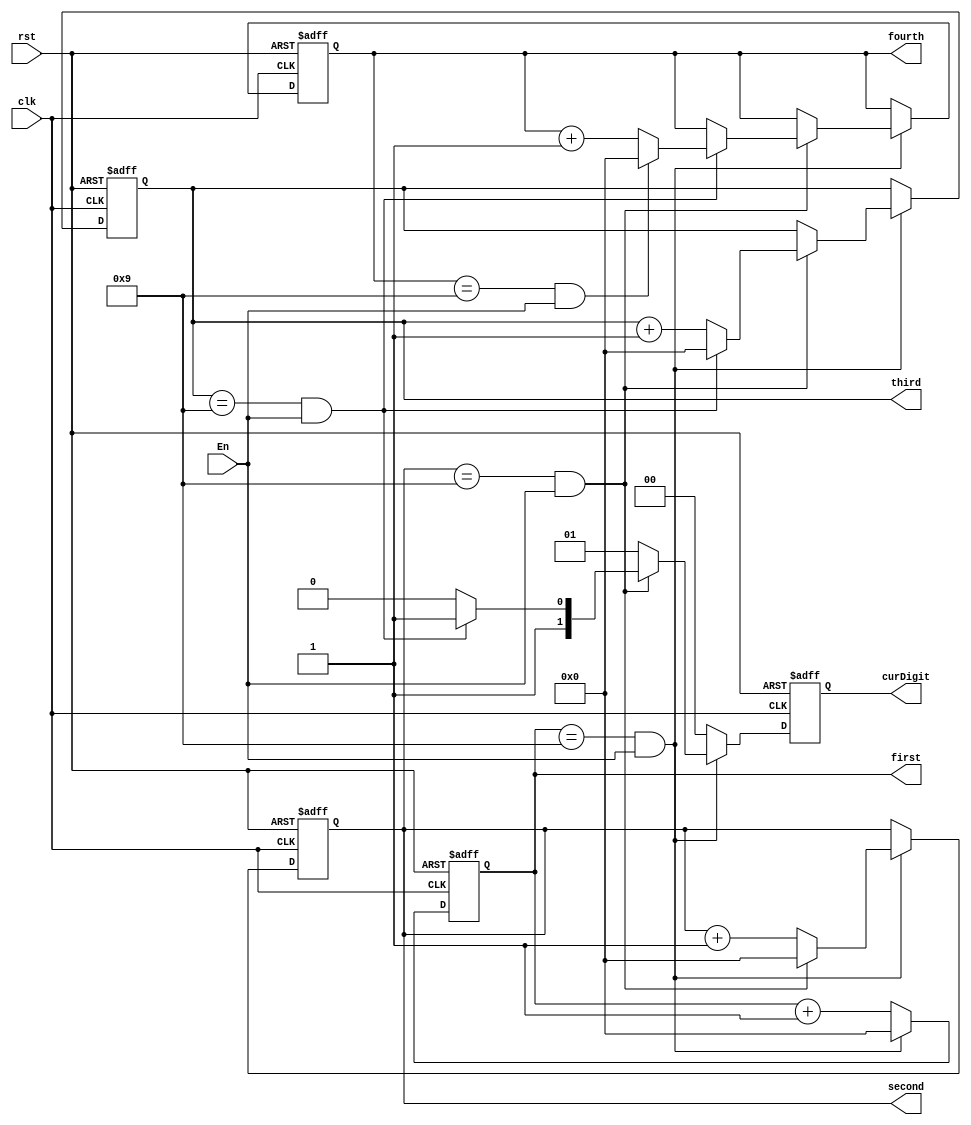
`timescale 1ns / 1ps
//////////////////////////////////////////////////////////////////////////////////
// Company: 
// Engineer: 
// 
// Design Name: 
// Module Name: FourDigitCount
// Project Name: 
// Target Devices: 
// Tool Versions: 
// Description: 
// 
// Dependencies: 
// 
// Revision:
// Revision 0.01 - File Created
// Additional Comments:
// 
//////////////////////////////////////////////////////////////////////////////////


module FourDigitCount(
    input clk,
    input rst,
    input En,
    output reg [1:0]curDigit,
    output reg [3:0]first,
    output reg [3:0]second,
    output reg [3:0]third,
    output reg [3:0]fourth
    );
            
always @ (posedge clk, posedge rst)
    begin
    curDigit <= 2'b00; 
        if (rst) begin
            first <= 0;
            second <= 0;
            third <= 0;
            fourth <= 0;
        end
        else if (first==4'd9 && En)
        begin  //xxx9 reached
            first <= 0;
            curDigit <= 2'b01;
            if (second == 4'd9 && En) 
            begin //xx99 reached
                second <= 0;
                curDigit <= 2'b10;
                if (third == 4'd9 && En) 
                begin //x999 reached
                    third <= 0;
                    curDigit <= 2'b11;
                    if (fourth == 4'd9 && En) //9999 reached
                        fourth <= 0;
                    else
                        fourth <= fourth +1;
                end
                else
                   third <= third +1;
             end
             else
                second <= second + 1;
        end
        else
            first <= first + 1;
    end      
        
endmodule